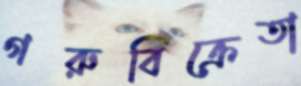
গরুবিক্রেতা